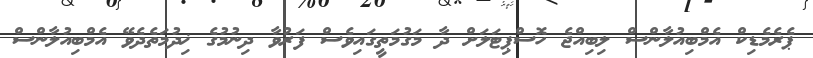
ޕެރެމެޑިކް އެމްބިއުލާންސް ލިބިއްޖެ ހޮސްޕިޓަލަށް ދާ މަގުމަތީގައިވެސް ފަރުވާ ދިނުމުގެ ޚިދުމަތެދެވޭ އެމްބިއުލާންސް